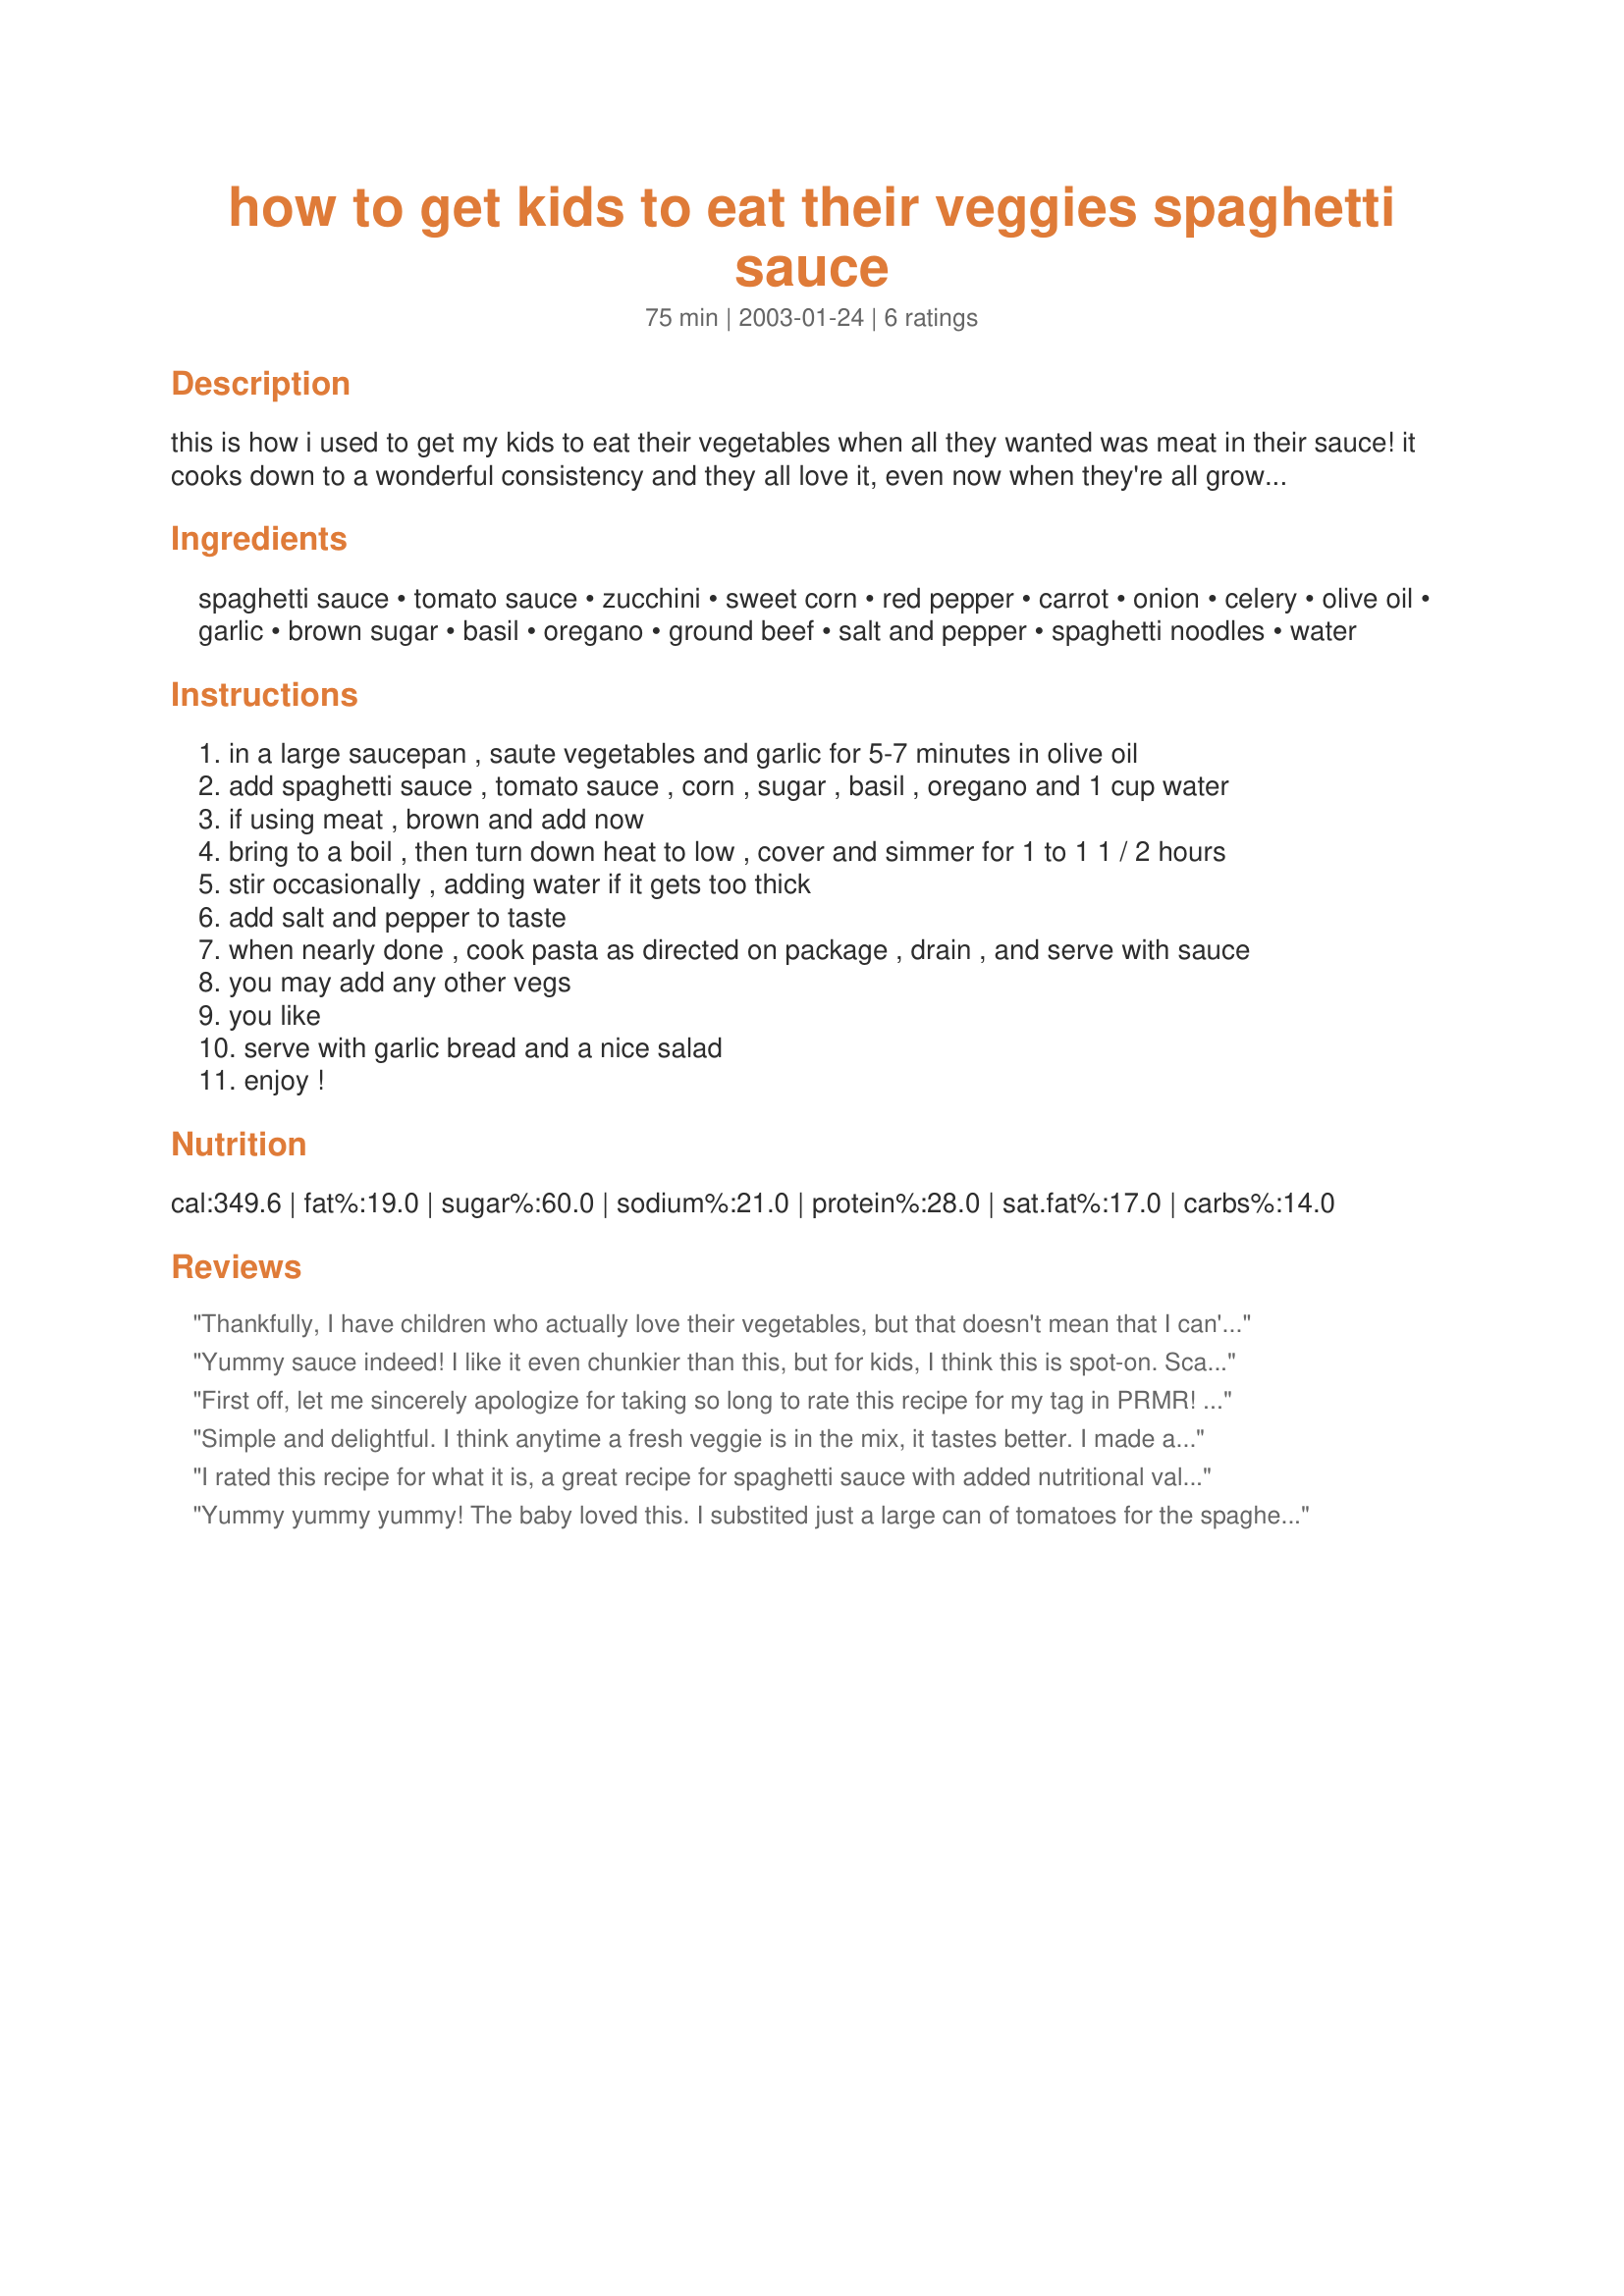
how to get kids to eat their veggies spaghetti sauce
Preparation time: 75 minutes

this is how i used to get my kids to eat their vegetables when all they wanted was meat in their sauce! it cooks down to a wonderful consistency and they all love it, even now when they're all grown up!

Ingredients:
spaghetti sauce, tomato sauce, zucchini, sweet corn, red pepper, carrot, onion, celery, olive oil, garlic, brown sugar, basil, oregano, ground beef, salt and pepper, spaghetti noodles, water

Steps:
in a large saucepan , saute vegetables and garlic for 5-7 minutes in olive oil
add spaghetti sauce , tomato sauce , corn , sugar , basil , oregano and 1 cup water
if using meat , brown and add now
bring to a boil , then turn down heat to low , cover and simmer for 1 to 1 1 / 2 hours
stir occasionally , adding water if it gets too thick
add salt and pepper to taste
when nearly done , cook pasta as directed on package , drain , and serve with sauce
you may add any other vegs
you like
serve with garlic bread and a nice salad
enjoy !

Reviews:
Thankfully, I have children who actually love their vegetables, but that doesn't mean that I can't throw in extra for good measure, and as they love their pasta, it seemed like a win win situation.<br/>I used a Paul Newman Basil, Tomato and Garlic Sauce, but didn't use the extra can of tomato sauce, as I thought this would be sufficient.<br/>I used chicken mince in my mixture, and used a combination of regular and wholewheat spaghetti....the verdict?<br/>The children ( aged 5 and 7) absolutely devoured this and in record time too...and were full of praise...and I agree...a great tasting dish for the whole family to enjoy!<br/>Made for PRMR.
Yummy sauce indeed! I like it even chunkier than this, but for kids, I think this is spot-on. Scarcely any recognizable "green things" LOL! I used rehydrated TVP instead of ground meat, to thicken it up. Thanks!
First off, let me sincerely apologize for taking so long to rate this recipe for my tag in PRMR! I didn&#039;t forget about you, I just had life get away from me for a minute again! Awe the life with an illness. :( But now, on to the review. We truly enjoyed this take on spaghetti sauce. It really elevated the bottled Ragu Traditional that I used to a whole new level. I made ours vegetarian, simply because I hadn&#039;t thawed out any ground beef and it turned out very well. I was a little hesitant to add in the celery, as I don&#039;t like it, but I pushed past that and stuck to your recipe, only I grated the celery so there wouldn&#039;t be any large pieces, and I&#039;m glad I didn&#039;t leave it out. It was a distinct flavor, but enough to add a little extra flavor. I served this over spaghetti noodles with Texas toast on the side for a wonderful Father&#039;s Day dinner. My hubby was very happy with his meal. Thanks for a great recipe Sharon123! Made for PRMR! And again, sorry it took me so long to review it! :oops:
Simple and delightful. I think anytime a fresh veggie is in the mix, it tastes better. I made a batch of this to freeze for the winter months. We taste tested it and even DH liked it and who knew zukes were in it. I do a similar rendition using garden tomatoes but I like the ease of making this recipe using the canned sauce and will do so again. Thank you for a simply lovely recipe that sits well on the taste buds. A very simpl and lovely go to quick sauce to make for dinner. Made for AUS/NZ Aug2010 Swap
I rated this recipe for what it is, a great recipe for spaghetti sauce with added nutritional value. It's also easy to put together & has the option to incorporate other vegys, I added finely chopped beets & jalapeno for the zucchini. However, my DH prefers the more trational sauce & thought there were too many vegys. I like to 'hide' vegys in all my recipes but found this one abit harder to get away with it. Next time I'll cut them back abit (or increase the sauce). I also cut out the sugar cause I find canned pasta sauce already has enough suger in it. I amended this recipe for my electronic pressure cooker & it works very well. I used 1 cup of water & it came out nice and saucy/thick. Great recipe, thanks for sharing.
Yummy yummy yummy! The baby loved this. I substited just a large can of tomatoes for the spaghetti sauce. This is similar to what i typically do but i enjoyed adding all the other veggies. Great sauce. Thanks!
